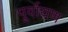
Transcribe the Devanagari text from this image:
पूर्वायण